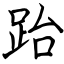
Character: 跆